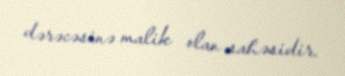
dərəcəsinə malik olan sahəsidir.